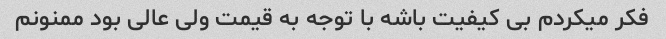
فکر میکردم بی کیفیت باشه با توجه به قیمت ولی عالی بود ممنونم